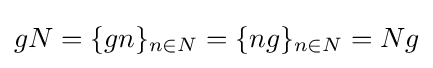
gN=\{gn\}_{n\in N}=\{ng\}_{n\in N}=Ng